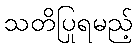
သတိပြုရမည့်